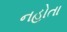
નહોતા